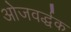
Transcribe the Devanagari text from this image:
ओजवर्द्धक